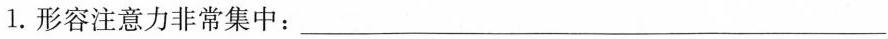
1.形容注意力非常集中：___